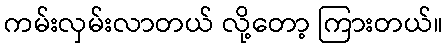
ကမ်းလှမ်းလာတယ် လို့တော့ ကြားတယ်။